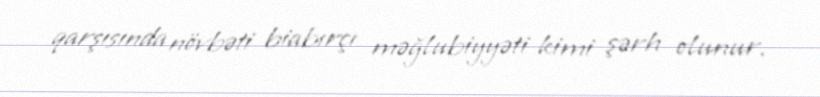
qarşısında növbəti biabırçı məğlubiyyəti kimi şərh olunur.